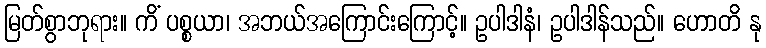
မြတ်စွာဘုရား။ ကိံ ပစ္စယာ၊ အဘယ်အကြောင်းကြောင့်။ ဥပါဒါနံ၊ ဥပါဒါန်သည်။ ဟောတိ နု